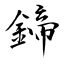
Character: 鍗